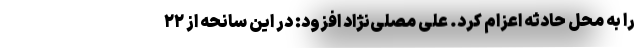
را به محل حادثه اعزام کرد. علی مصلی‌نژاد افزود: در این سانحه از ۲۲